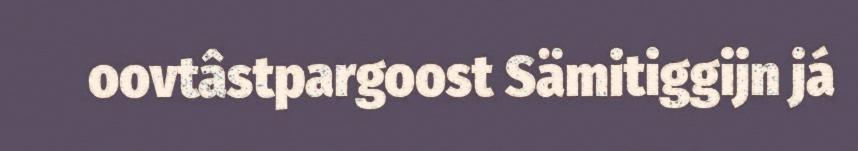
oovtâstpargoost Sämitiggijn já